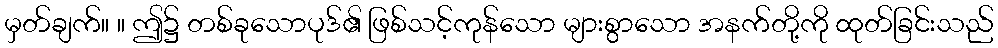
မှတ်ချက်။ ။ ဤ၌ တစ်ခုသောပုဒ်၏ ဖြစ်သင့်ကုန်သော များစွာသော အနက်တို့ကို ထုတ်ခြင်းသည်